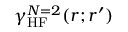
\gamma _ { \mathrm { H F } } ^ { N = 2 } ( r ; r ^ { \prime } )